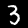
Label: 3